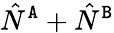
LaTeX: \hat{N}^{{\tt A}}+\hat{N}^{{\tt B}}